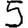
Digit: 5